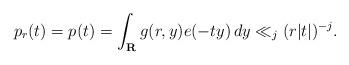
LaTeX: \begin{align*}p_{r}(t) &= p(t) = \int_{\mathbf{R}} g(r,y)e(-ty) \, dy \ll_j (r|t|)^{-j}.\end{align*}